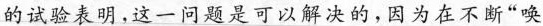
的试验表明，这一问题是可以解决的，因为在不断“唤